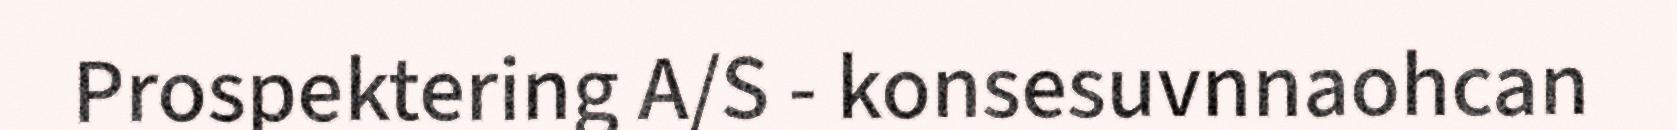
Prospektering A/S - konsesuvnnaohcan